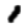
Digit: 1